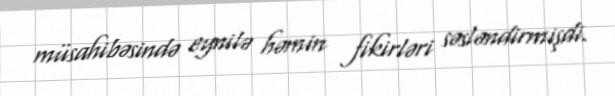
müsahibəsində eynilə həmin fikirləri səsləndirmişdi.